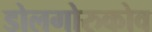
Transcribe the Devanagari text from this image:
डोलगोरुकोव